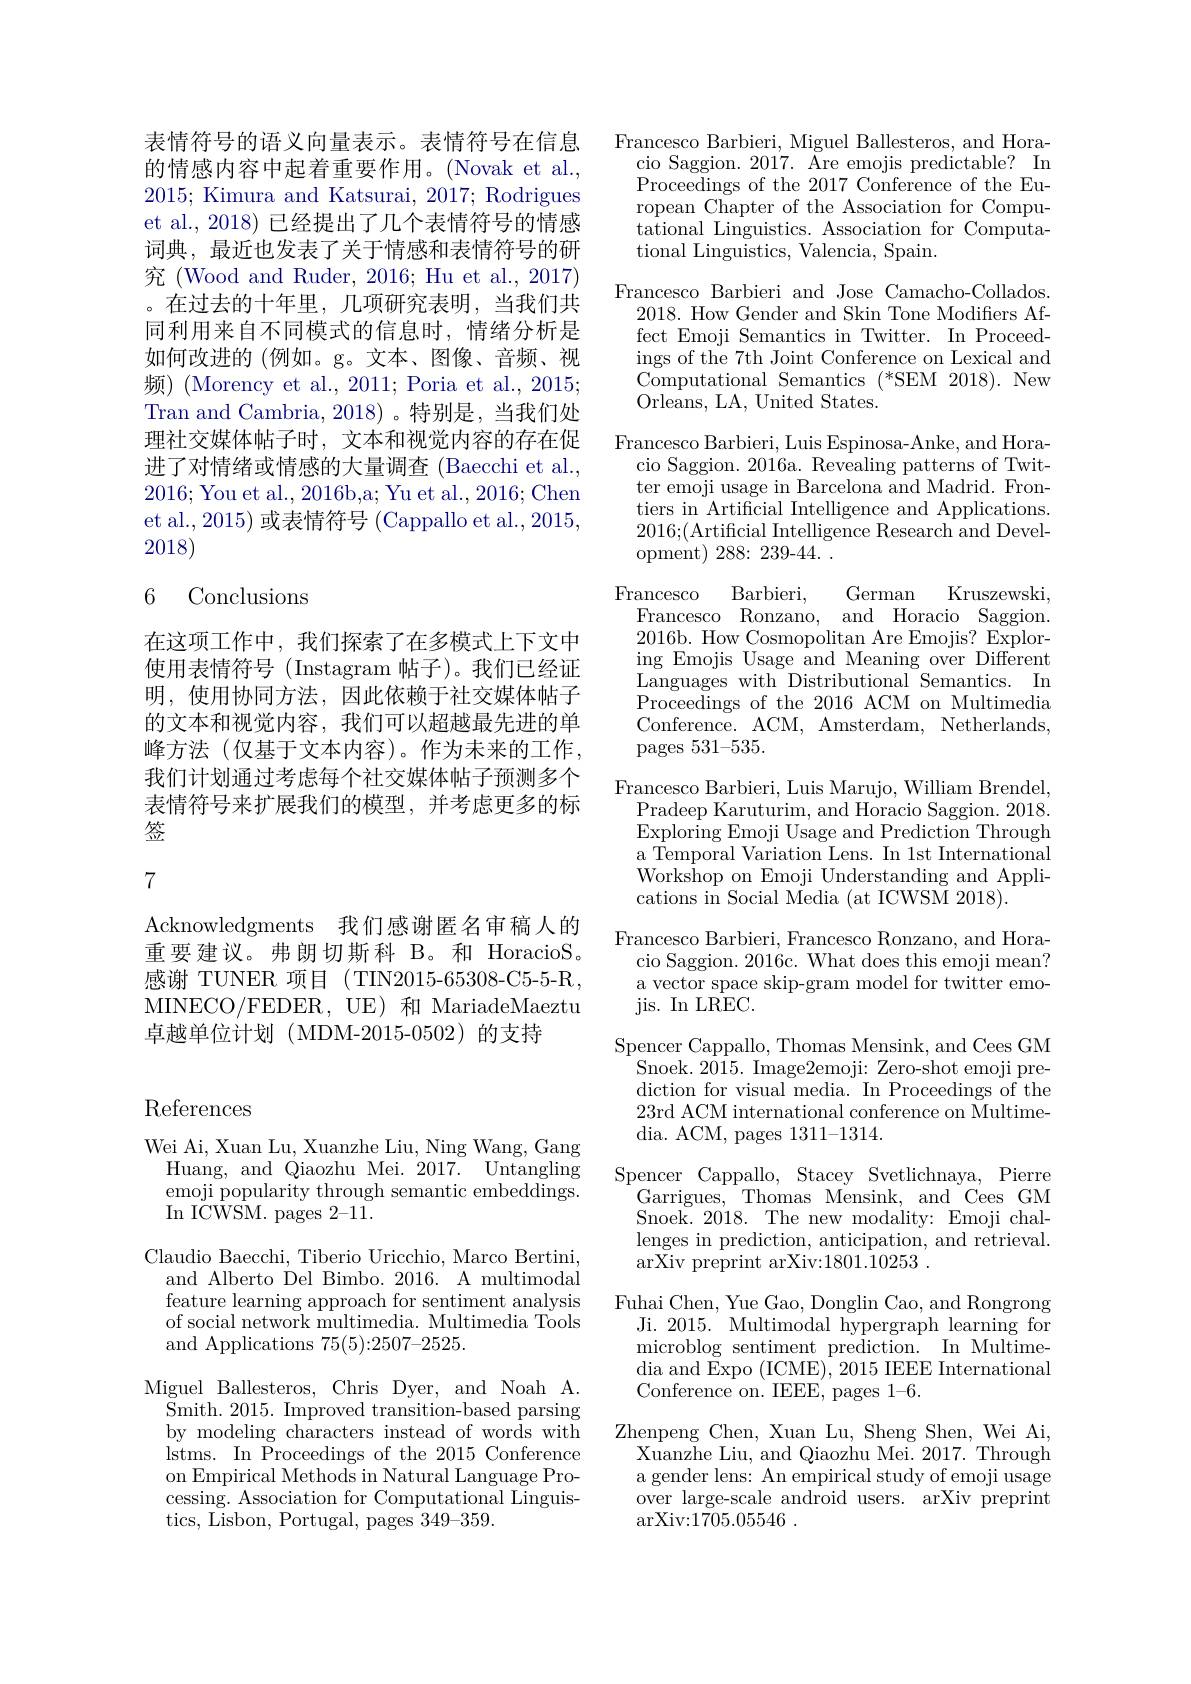
表情符号的语义向量表示。表情符号在信息的情感内容中起着重要作用。(Novak et al., 2015; Kimura and Katsurai, 2017; Rodrigues et al., 2018) 已经提出了几个表情符号的情感词典，最近也发表了关于情感和表情符号的研究 (Wood and Ruder, 2016; Hu et al., 2017) 。在过去的十年里，几项研究表明，当我们共同利用来自不同模式的信息时，情绪分析是如何改进的(例如。g。文本、图像、音频、视频) (Morency et al., 2011; Poria et al., 2015; Tran and Cambria, 2018)。特别是，当我们处理社交媒体帖子时，文本和视觉内容的存在促进了对情绪或情感的大量调查 (Baecchi et al., 2016; You et al., 2016b,a; Yu et al., 2016; Chen et al., 2015) 或表情符号 (Cappallo et al., 2015, 2018)

### 6 Conclusions

在这项工作中，我们探索了在多模式上下文中使用表情符号 (Instagram 帖子)。我们已经证明，使用协同方法，因此依赖于社交媒体帖子的文本和视觉内容，我们可以超越最先进的单峰方法(仅基于文本内容)。作为未来的工作我们计划通过考虑每个社交媒体帖子预测多个表情符号来扩展我们的模型，并考虑更多的标签

7

Acknowledgments 我们感谢匿名审稿人的重要建议。弗朗切斯科 B。和 HoracioS。感谢 TUNER 项目(TIN2015-65308-C5-5-R, MINECO/FEDER, UE) 和 MariadeMaeztu 卓越单位计划(MDM-2015-0502)的支持

Francesco Barbieri, Miguel Ballesteros, and Hora-
cio Saggion. 2017. Are emojis predictable? In Proceedings of the 2017 Conference of the European Chapter of the Association for Computational Linguistics. Association for Computational Linguistics, Valencia, Spain.
Francesco Barbieri and Jose Camacho-Collados.
2018. How Gender and Skin Tone Modifiers Affect Emoji Semantics in Twitter. In Proceedings of the 7th Joint Conference on Lexical and Computational Semantics (*SEM 2018). New ${\mathrm{Orleans,~LA,~United~States.}}$
Francesco Barbieri, Luis Espinosa-Anke, and Hora-
cio Saggion. 2016a. Revealing patterns of Twitter emoji usage in Barcelona and Madrid. Frontiers in Artificial Intelligence and Applications. 2016;(Artificial Intelligence Research and Development) 288: 239-44. .
Kruszewski,
Barbieri,
German
$\underset{{\mathrm{Francesco}}}{\operatorname*{\mathrm{Francesco}}}$
Francesco Ronzano, and Horacio Saggion. 2016b. How Cosmopolitan Are Emojis? Exploring Emojis Usage and Meaning over Different $\underset{\mathrm{P}}{\operatorname*{\operatorname*{Languages~with~Distributional~Semantics.~In}}}$ Proceedings of the 2016 ACM on Multimedia Conference. ACM, Amsterdam, Netherlands, pages 531-535.
Francesco Barbieri, Luis Marujo, William Brendel,
Pradeep Karuturim, and Horacio Saggion. 2018. $\bar{\text{Exploring Emoji Usage and Prediction Through}}$ a Temporal Variation Lens. In 1st International Workshop on Emoji Understanding and Applications in Social Media (at ICWSM 2018).
Francesco Barbieri, Francesco Ronzano, and Hora-
cio Saggion. 2016c. What does this emoji mean? a vector space skip-gram model for twitter emojis. In LREC.
Spencer Cappallo, Thomas Mensink, and Cees GM
Snoek. 2015. Image2emoji: Zero-shot emoji prediction for visual media. In Proceedings of the 23rd ACM international conference on Multimedia. ACM, pages 1311-1314.
Spencer Cappallo, Stacey Svetlichnaya, Pierre
Garrigues, Thomas Mensink, and Cees GM Snoek. 2018. The new modality: Emoji challenges in prediction, anticipation, and retrieval. arXiv preprint arXiv:1801.10253 .
Fuhai Chen, Yue Gao, Donglin Cao, and Rongrong Ji. 2015. Multimodal hypergraph learning for microblog sentiment prediction. In Multimedia and $\overset{.}{\operatorname*{Expo}}($ICME),2015 IEEE International Conference on. IEEE, pages 1-6.
Zhenpeng Chen, Xuan Lu, Sheng Shen, Wei Ai, Xuanzhe Liu, and Qiaozhu Mei. 2017. Through a gender lens: An empirical study of emoji usage over large-scale android users. arXiv preprint $\operatorname { arXiv: 1705. 05546}$ .

# References

Wei Ai, Xuan Lu, Xuanzhe Liu, Ning Wang, Gang
Huang, and Qiaozhu Mei. 2017. Untangling emoji popularity through semantic embeddings. In ICWSM. pages 2-11.
Claudio Baecchi, Tiberio Uricchio, Marco Bertini,
and Alberto Del Bimbo. 2016. A multimodal feature learning approach for sentiment analysis of social network multimedia. Multimedia Tools and Applications 75(5){:}2507{-}2525.
Miguel Ballesteros, Chris Dyer, and Noah A.
$\mathop{\mathrm{Smith.~2015.~Improved~transition-based~parsing}}$ by modeling characters instead of words with lstms. In Proceedings of the 2015 Conference on Empirical Methods in Natural Language Processing. Association for Computational Linguis- tics, Lisbon, Portugal, pages 349-359.